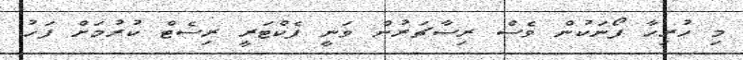
މި ހުރިހާ ފޯނަކުން ވެސް ރިސާޗަރުން ވަނީ ފެކްޓަރީ ރިސެޓް ކުރުމަށް ފަހު